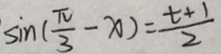
\sin ( \frac { \pi } { 3 } - x ) = \frac { t + 1 } { 2 }